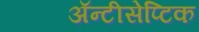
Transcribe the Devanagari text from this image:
ॲन्टीसेप्टिक